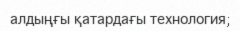
алдыңғы қатардағы технология;